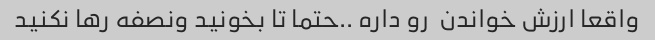
واقعا ارزش خواندن  رو داره ..حتما تا بخونید ونصفه رها نکنید